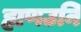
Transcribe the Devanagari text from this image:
ह्मणउनि